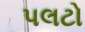
પલટો